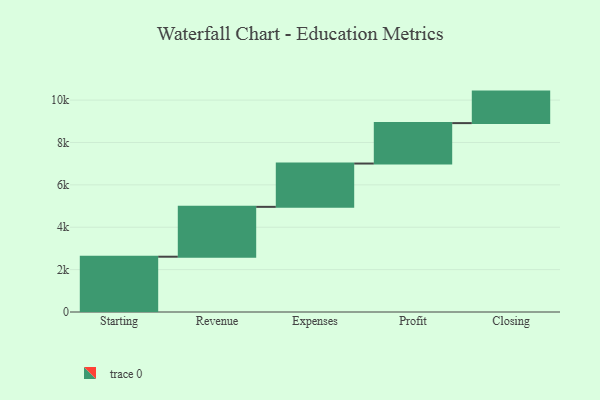
{"axis": {"x": "Step", "y": "Value"}, "legend": [""], "data": [{"x": "Starting", "y": 2609.0, "type": ""}, {"x": "Revenue", "y": 2353.0, "type": ""}, {"x": "Expenses", "y": 2044.0, "type": ""}, {"x": "Profit", "y": 1908.0, "type": ""}, {"x": "Closing", "y": 1487.0, "type": ""}]}